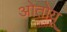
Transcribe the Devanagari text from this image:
ओतोयू